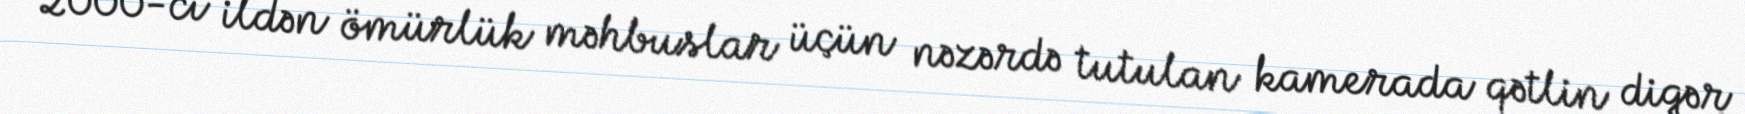
2000-ci ildən ömürlük məhbuslar üçün nəzərdə tutulan kamerada qətlin digər